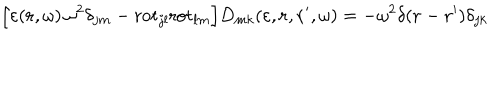
\Bigl [ \varepsilon ( { \bf r } , \omega ) \, \omega ^ { 2 } \delta _ { j m } - \mathrm { r o t } _ { j l } \mathrm { r o t } _ { l m } \Bigr ] D _ { m k } ( \varepsilon , { \bf r } , { \bf r } ^ { \prime } , \omega ) = - \omega ^ { 2 } \delta ( { \bf r } - { \bf r } ^ { \prime } ) \delta _ { j k }